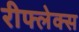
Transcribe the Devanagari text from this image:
रीफ्लेक्स